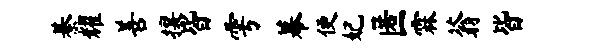
綦耀善攘皆雩幕便妃匿霖蓊皆